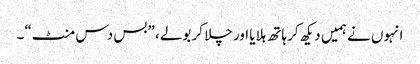
انہوں نے ہمیں دیکھ کر ہاتھ ہلایا اور چلا کر بولے، ”بس دس منٹ“۔